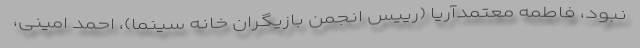
نبود، فاطمه معتمدآریا (رییس انجمن بازیگران خانه سینما)، احمد امینی،